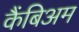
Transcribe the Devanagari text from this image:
कैंबिअम